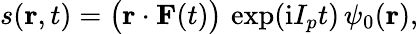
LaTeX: s(\mathbf{r},t)=\big(\mathbf{r}\cdot\mathbf{F}(t)\big)\, \exp(\mathrm{i}I_{p}t)\, \psi_{0}(\mathbf{r}),